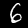
Digit: 6